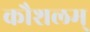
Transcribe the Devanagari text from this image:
कौशलम्‌